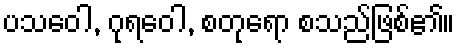
ပသဝေါ, ဂုရဝေါ, စတုရော စသည်ဖြစ်၏။